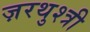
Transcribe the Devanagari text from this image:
ज़रथुश्त्री